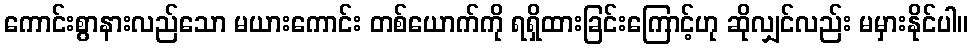
ကောင်းစွာနားလည်သော မယားကောင်း တစ်ယောက်ကို ရရှိထားခြင်းကြောင့်ဟု ဆိုလျှင်လည်း မမှားနိုင်ပါ။